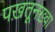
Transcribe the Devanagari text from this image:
पख़तूनख़्वा